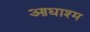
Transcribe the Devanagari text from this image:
आद्याश्म